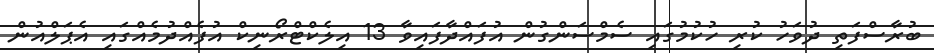
ބުރާސްފަތި ދުވަހު ކުރި ހުކުމުގައި ސެމްސަންގުން އުފައްދާފައިވާ 13 އިލެކްޓްރޯނިކް އުފެއްދުމެއްގައި އެޕަލްއުން